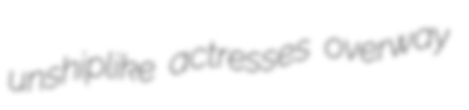
unshiplike actresses overway